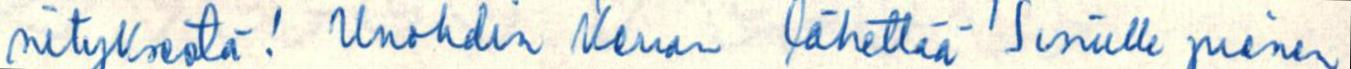
nityksestä! Unohdin kerran lähettää Sinulle pienen